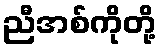
ညီအစ်ကိုတို့